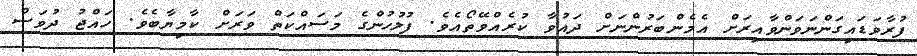
ފުރާވަޑައިގަންނަވަންވާއިރަށް އެމެންބަރުންނަށް ދައުވާ ކުރެއްވޭތޯއެވެ. ފުލުހުންގެ މަސައްކަތް ވަރަށް ކާމިޔާބެވެ. ހައްޖު ދުވަސް